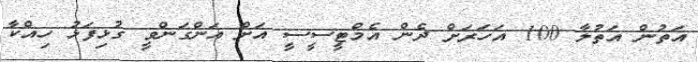
އަތުން އަތުލާ 100 އަހަރަށް ދެން އެމްޓީސީސީ އަށް އަންގަންވީ ގުޅިފަޅު ހިއްކާ